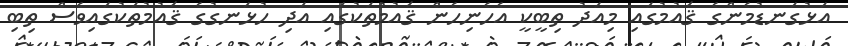
އަޅުގަނޑުމެންގެ ޤައުމުގައި މިއަދު ތިބީކީ އެހެނިހެން ޤައުމުތަކުގައި އަދި ހުޅަނގުގެ ޤައުމުތަކުގައިވެސް ތިބި